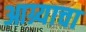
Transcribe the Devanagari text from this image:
आग्र्याचा